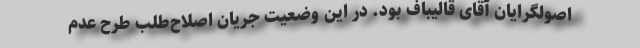
اصولگرایان آقای قالیباف بود. در این وضعیت جریان اصلاح‌طلب طرح عدم